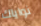
نواياك